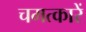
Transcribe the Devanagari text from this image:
चमत्कारें